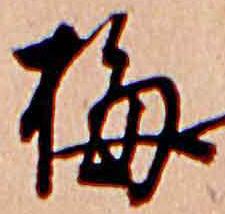
梅